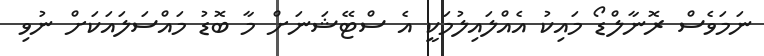
ނަމަވެސް ރޮނާލްޑޯ މައިކު އެއްލައިލުމަކީ އެ ސްޓޭޝަނަށް މާ ބޮޑު މައްސަލައަކަށް ނުވި